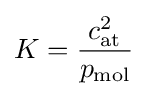
K={\frac {c_{\text{at}}^{2}}{p_{\text{mol}}}}